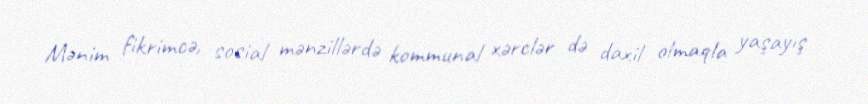
Mənim fikrimcə, sosial mənzillərdə kommunal xərclər də daxil olmaqla yaşayış